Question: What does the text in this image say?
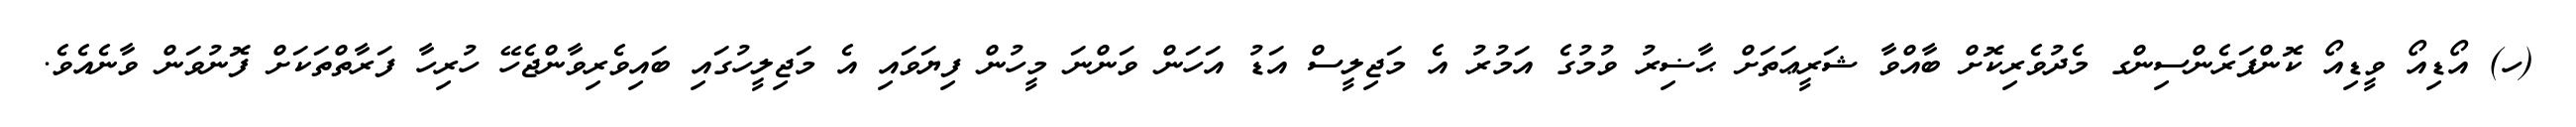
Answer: (ހ) އޯޑިއޯ ވީޑިއޯ ކޮންފަރެންސިންގ މެދުވެރިކޮށް ބާއްވާ ޝަރީޢަތަށް ޙާޟިރު ވުމުގެ އަމުރު އެ މަޖިލީސް އަޑު އަހަން ވަންނަ މީހުން ފިޔަވައި އެ މަޖިލީހުގައި ބައިވެރިވާންޖެހޭ ހުރިހާ ފަރާތްތަކަށް ފޮނުވަން ވާނެއެވެ.